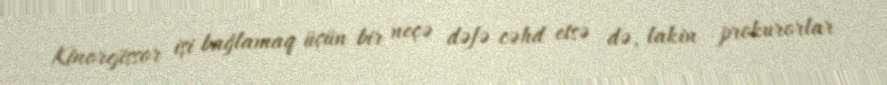
Kinorejissor işi bağlamaq üçün bir neçə dəfə cəhd etsə də, lakin prokurorlar